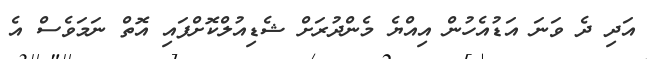
އަދި ދެ ވަނަ އަޑުއެހުން އިއްޔެ މެންދުރަށް ޝެޑިއުލްކޮށްފައި އޮތް ނަމަވެސް އެ